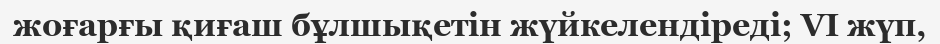
жоғарғы қиғаш бұлшықетін жүйкелендіреді; VI жүп,